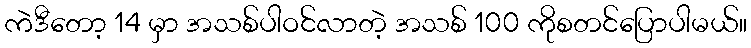
ကဲဒီတော့ 14 မှာ အသစ်ပါဝင်လာတဲ့ အသစ် 100 ကိုစတင်ပြောပါမယ်။